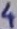
Text: 4